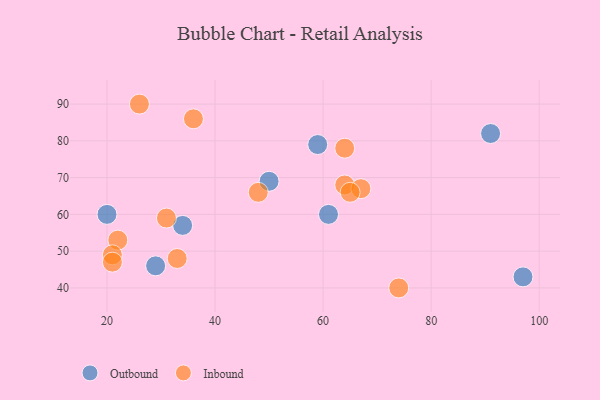
{"axis": {"x": "GDP", "y": "Life Expectancy"}, "legend": ["Inbound", "Outbound"], "data": [{"x": "29", "y": 46, "type": "Outbound"}, {"x": "34", "y": 57, "type": "Outbound"}, {"x": "91", "y": 82, "type": "Outbound"}, {"x": "97", "y": 43, "type": "Outbound"}, {"x": "20", "y": 60, "type": "Outbound"}, {"x": "61", "y": 60, "type": "Outbound"}, {"x": "50", "y": 69, "type": "Outbound"}, {"x": "59", "y": 79, "type": "Outbound"}, {"x": "64", "y": 68, "type": "Inbound"}, {"x": "26", "y": 90, "type": "Inbound"}, {"x": "48", "y": 66, "type": "Inbound"}, {"x": "74", "y": 40, "type": "Inbound"}, {"x": "31", "y": 59, "type": "Inbound"}, {"x": "33", "y": 48, "type": "Inbound"}, {"x": "64", "y": 78, "type": "Inbound"}, {"x": "67", "y": 67, "type": "Inbound"}, {"x": "36", "y": 86, "type": "Inbound"}, {"x": "22", "y": 53, "type": "Inbound"}, {"x": "21", "y": 49, "type": "Inbound"}, {"x": "65", "y": 66, "type": "Inbound"}, {"x": "21", "y": 47, "type": "Inbound"}]}